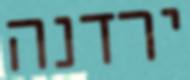
ירדנה